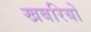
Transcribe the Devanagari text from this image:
खबरियो